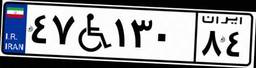
۴۷W۱۳۰۸۴